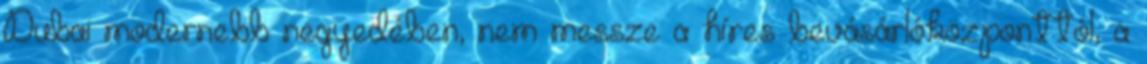
Dubai modernebb negyedében, nem messze a híres bevásárlóközponttól, a